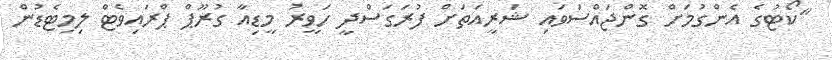
"ކޯޓުގެ އެންގުމަށް ގޮންޖައްސަވައި ޝަރީއަތަށް ފުރަގަސްދީ ހަވީރު މީޑިއާ ގުރޫޕް ޕްރައިވެޓް ލިމިޓެޑުން